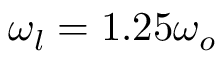
\omega _ { l } = 1 . 2 5 \omega _ { o }